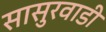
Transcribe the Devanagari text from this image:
सासुरवाडी